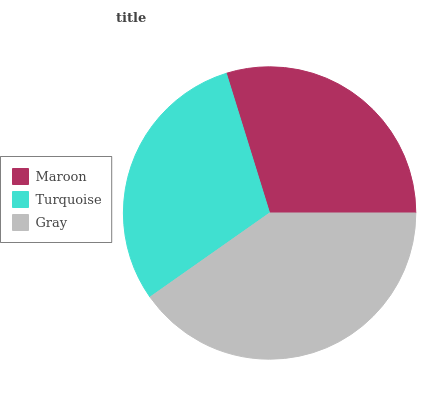
| Maroon | Turquoise | Gray |
 | --- | --- | --- |
 | 29.8% | 29.9% | 40.3% |